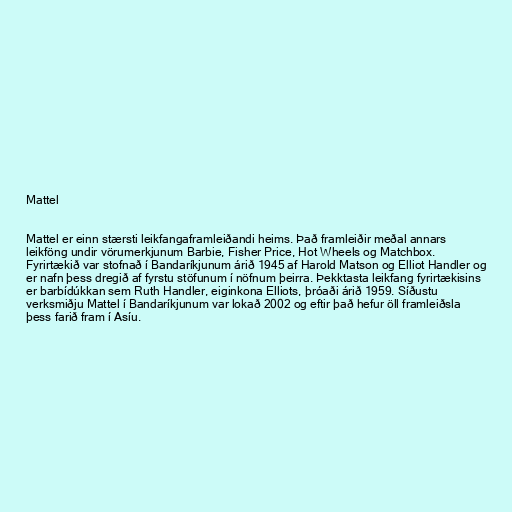
Mattel

Mattel er einn stærsti leikfangaframleiðandi heims. Það framleiðir meðal annars
leikföng undir vörumerkjunum Barbie, Fisher Price, Hot Wheels og Matchbox.
Fyrirtækið var stofnað í Bandaríkjunum árið 1945 af Harold Matson og Elliot Handler og
er nafn þess dregið af fyrstu stöfunum í nöfnum þeirra. Þekktasta leikfang fyrirtækisins
er barbídúkkan sem Ruth Handler, eiginkona Elliots, þróaði árið 1959. Síðustu
verksmiðju Mattel í Bandaríkjunum var lokað 2002 og eftir það hefur öll framleiðsla
þess farið fram í Asíu.